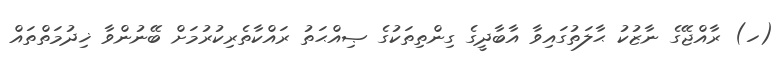
(ހ) ރާއްޖޭގެ ނާޒުކު ޙާލަތުގައިވާ އާބާދީގެ ގިންތިތަކުގެ ޞިއްޙަތު ރައްކާތެރިކުރުމަށް ބޭނުންވާ ޚިދުމަތްތައް